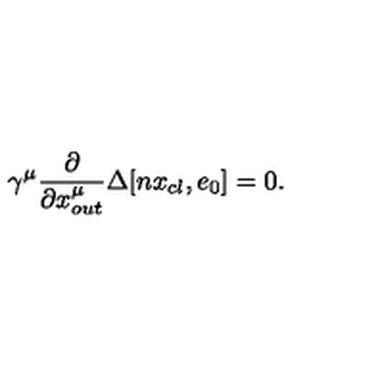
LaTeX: \gamma ^ { \mu } \frac { \partial } { \partial { x } _ { o u t } ^ { \mu } } \Delta [ n x _ { c l } , e _ { 0 } ] = 0 .